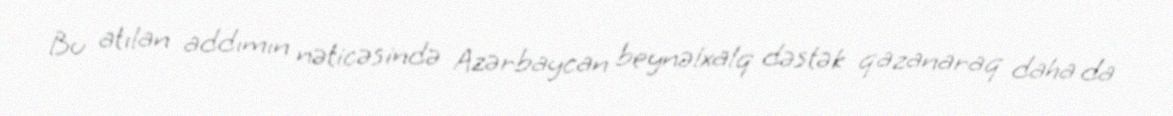
Bu atılan addımın nəticəsində Azərbaycan beynəlxalq dəstək qazanaraq daha da